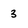
Character: 3